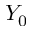
Y _ { 0 }